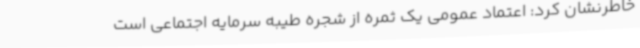
خاطرنشان کرد: اعتماد عمومی یک ثمره از شجره طیبه سرمایه اجتماعی است